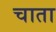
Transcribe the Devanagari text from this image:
चाता